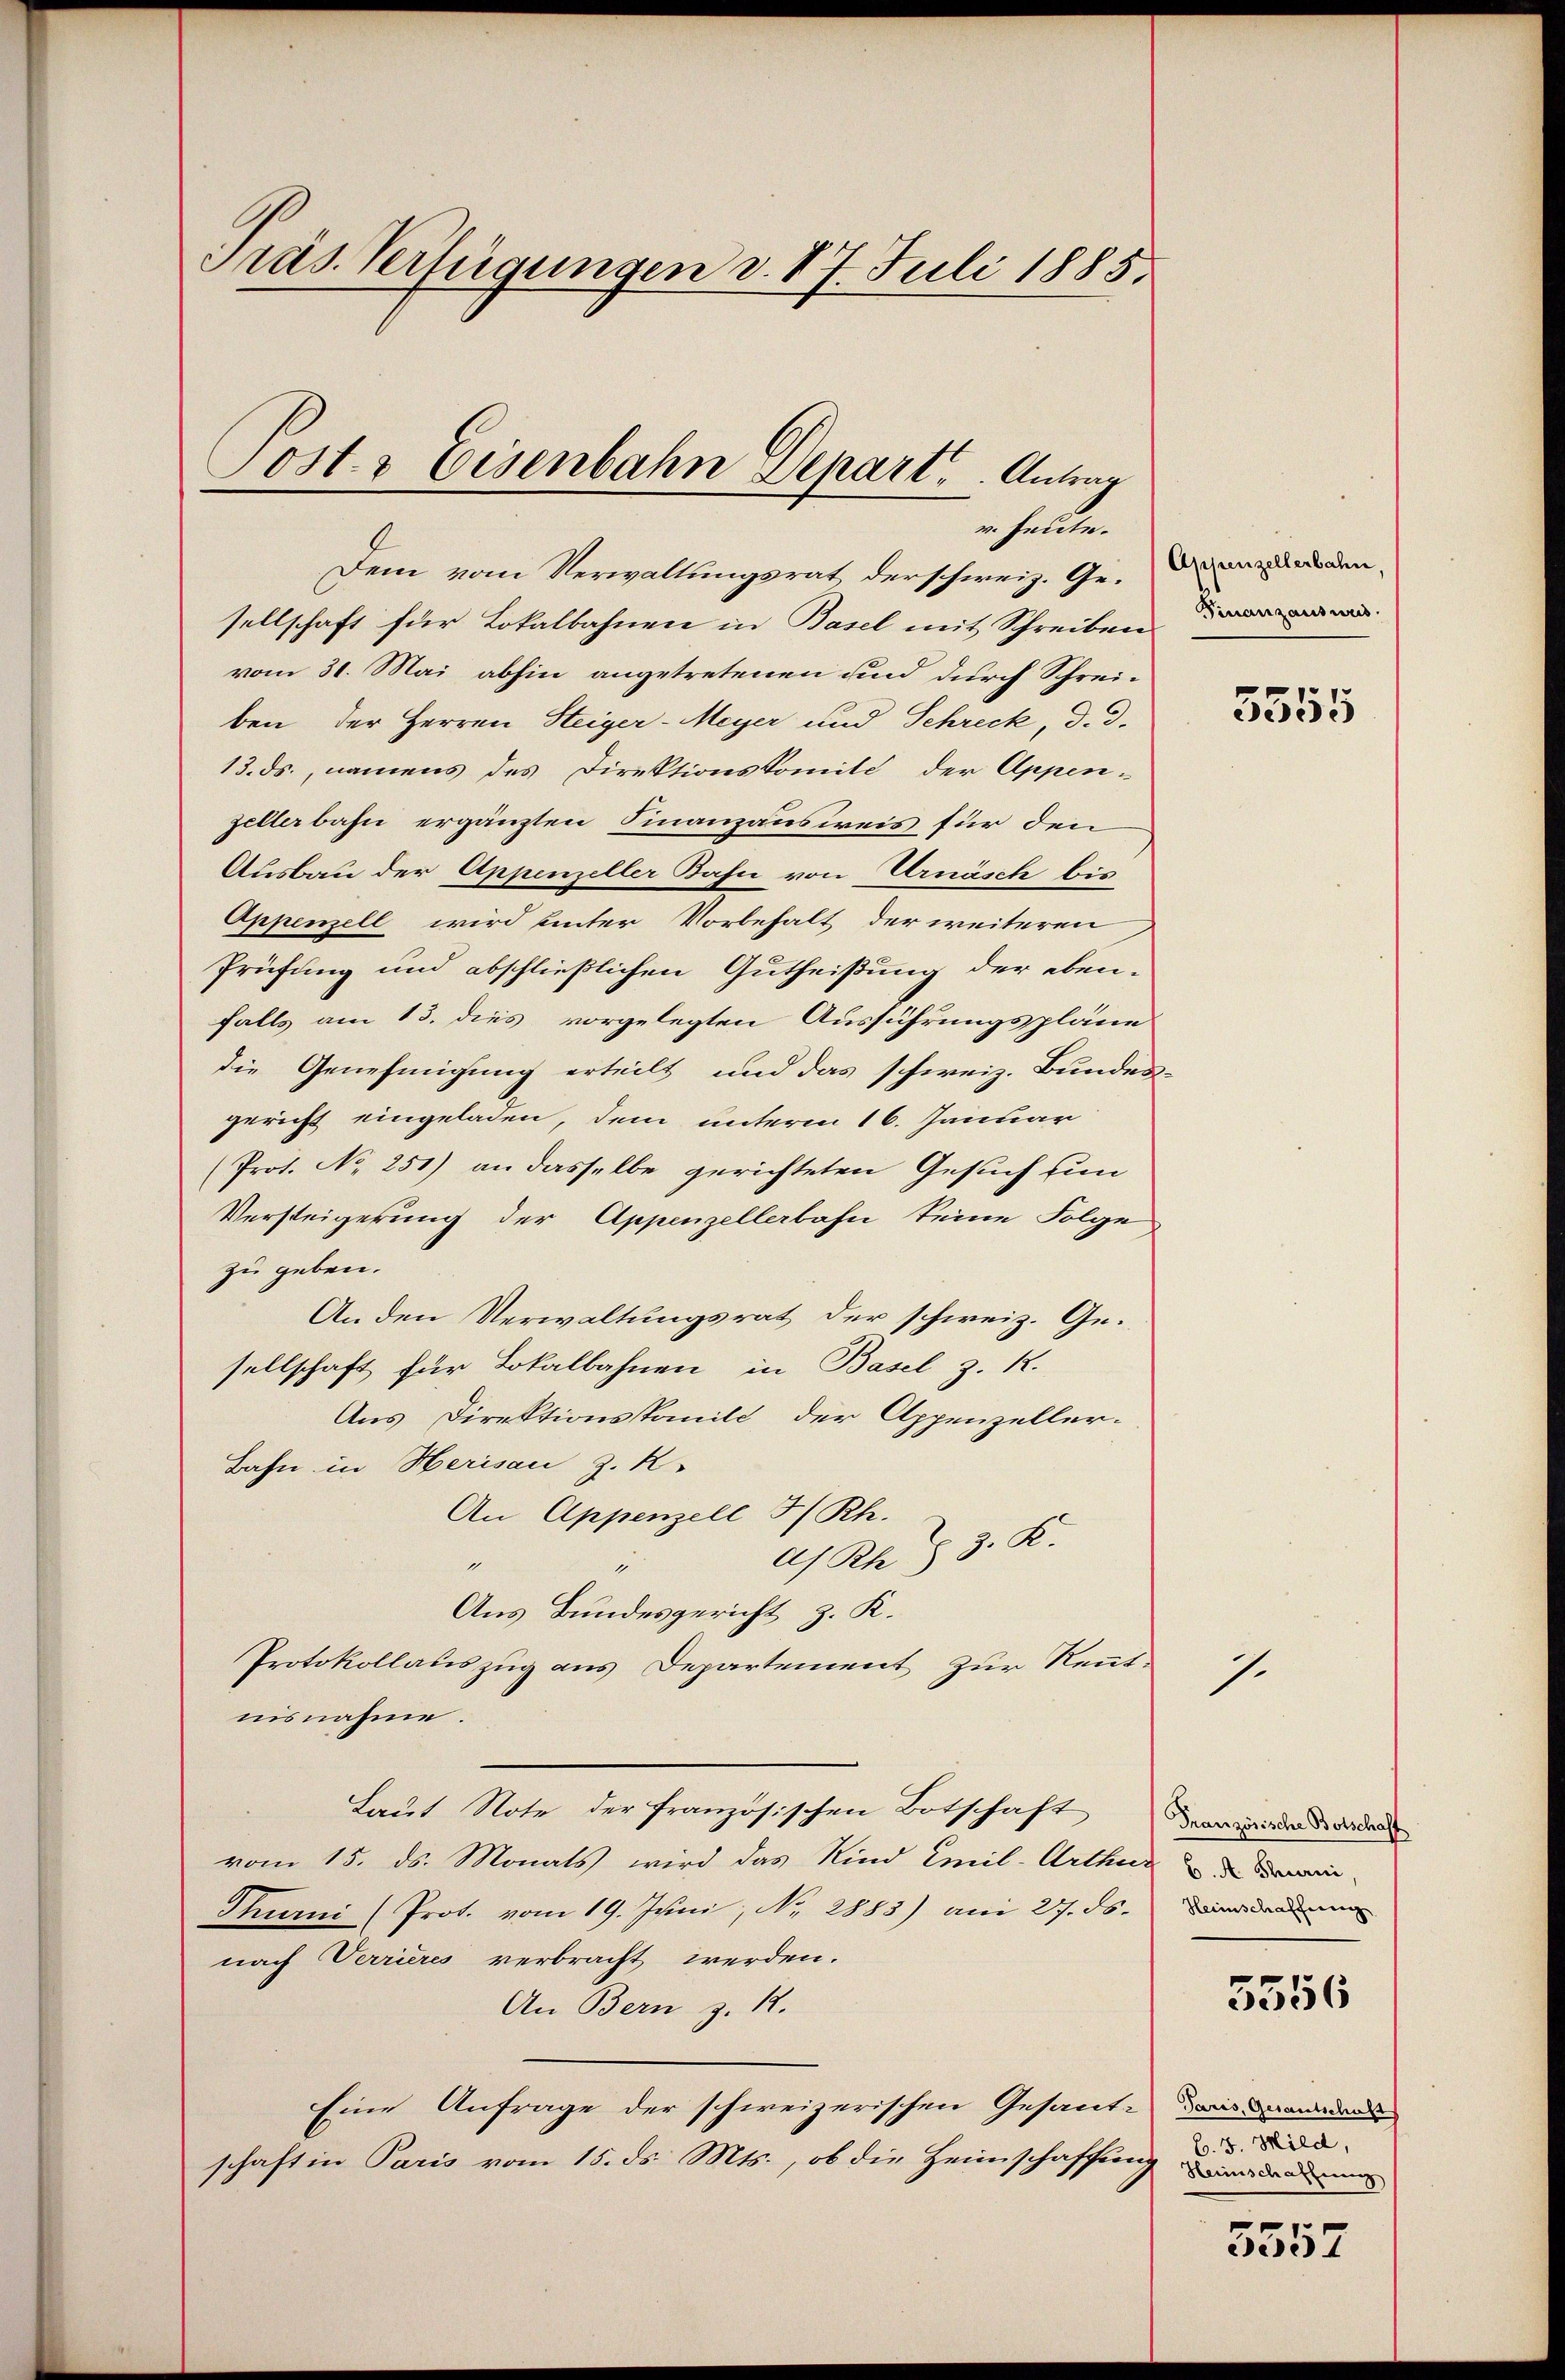
Präs. Verfügungen d. 17. Juli 1885.

Post- & Eisenbahn Depart. Antrag

ehalten.
Dem vom Verwaltungsrat derschweiz. Gesellschaft für Lokalbahnen in Basel mit Schreiben
vom 31. Mai abhin angetretenen und durch Schreiben der Herren Steiger-Meyer und Schreck, d. d.
13. ds., namens des Direktionskomité der Appen-
zellerbahn ergänzten Finanzausweis für den
Ausbau der Appenzeller Bahn von Urnäsch bis
Appenzell wird unter Vorbehalt der weiteren
Prüfung und abschließlichen Gutheißung der eben-
falls am 13. dies vorgelegten Ausführungspläne
die Genehmigung erteilt und das schweiz. Bundes-
gericht eingeladen, dem unterm 16. Januar
(Prot. No 251) an dasselbe gerichteten Gesuch fun
Versteigerung der Appenzellerbahn keine Folge
zu geben.
An den Verwaltungsrat der schweiz. Gesellschaft für Lokalbahnen in Basel z. R.
Aus Direktionskamili der Appenzeller-
Bahn in Herisau z. R.
An Appenzell I/Rh.
dh Rh. § 3. K.
1
Aus Bundesgericht z. K.
Protokollauszug aus Departement zur Kenntnisnahme.
Laŭt Note der französischen Botschaft warend dad
vom 15. ds. Monats wird das Kind Emil-Arthur ei
Thurni (Prot. vom 19. Juni, No. 2883) am 27. ds. dan
nach Verrieres verbracht werden.
An Bern z. 12.
Eine Anfrage der schweizerischen Gesant-desand
schaft in Paris vom 15. ds. Mts., ob die Heimschaffung der de

Appenzellerbahn,
Finanzauswus.

3555

7.

5556

B. 3. Mild,

5557